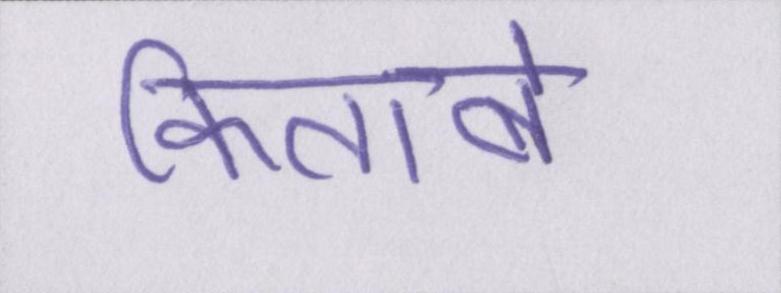
किताबें